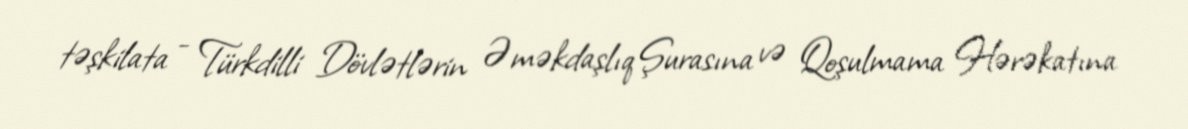
təşkilata - Türkdilli Dövlətlərin Əməkdaşlıq Şurasına və Qoşulmama Hərəkatına